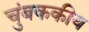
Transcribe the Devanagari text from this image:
चुंबककीय